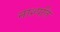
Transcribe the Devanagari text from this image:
नाश्पति